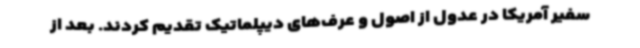
سفیر آمریکا در عدول از اصول و عرف‌های دیپلماتیک تقدیم کردند. بعد از